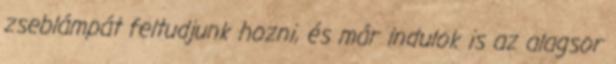
zseblámpát feltudjunk hozni, és már indulok is az alagsor